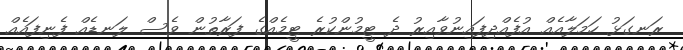
ރަނގަޅު ހަމަލާއެއް އުފެއްދިފައިނުވާއިރު ދެ ޓީމުންކުރެ ޓީމެއްގެ ފަރާތުން ވެސް ލަނޑެއް ފެނިފައެއް